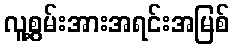
လူ့စွမ်းအားအရင်းအမြစ်